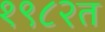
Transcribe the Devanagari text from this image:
१९८२त